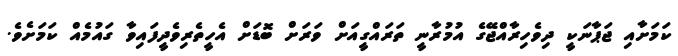
ކަމަށާއި ޖަޕާނަކީ ދިވެހިރާއްޖޭގެ އުމުރާނީ ތަރައްގީއަށް ވަރަށް ބޮޑަށް އެހީތެރިވެދީފައިވާ ގައުމެއް ކަމަށެވެ.